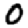
Digit: 0